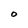
Character: O